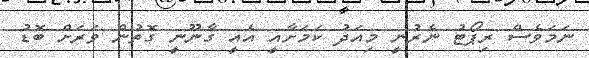
ނަމަވެސް ރިޕޯޓު ނެރުނީ މިއަދު ކަމަށާއީ އެއީ ގާނޫނީ ގޮތުން ވަަރަށް ބޮޑު